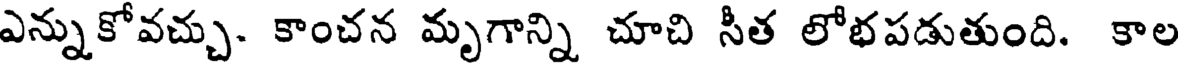
ఎన్నుకోవచ్చు. కాంచన మృగాన్ని చూచి సీత లోభపడుతుంది. కాల